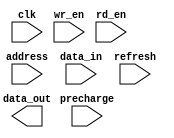
module SDRAM (
    input wire clk, // Clock signal
    input wire [9:0] address, // Address lines
    input wire [15:0] data_in, // Data input lines
    output reg [15:0] data_out, // Data output lines
    input wire wr_en, // Write enable signal
    input wire rd_en, // Read enable signal
    input wire precharge, // Precharge signal
    input wire refresh // Refresh signal
);

reg [15:0] memory [1023:0]; // Memory blocks

reg [1:0] state = 0; // State machine initial state

always @ (posedge clk) begin
    if (refresh) begin
        // Refresh operation here
    end else begin
        case (state)
            0: begin // Idle state
                if (rd_en) begin
                    // Read operation here
                end else if (wr_en) begin
                    // Write operation here
                end else if (precharge) begin
                    // Precharge operation here
                end
            end
            // Add more states for row activation and column access
        endcase
    end
end

endmodule